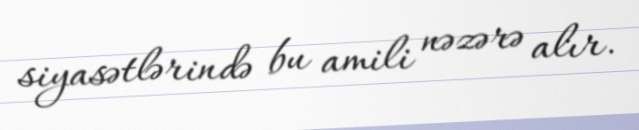
siyasətlərində bu amili nəzərə alır.